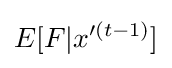
E[F|x'^{(t-1)}]